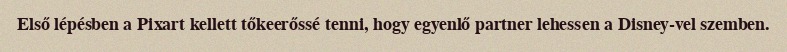
Első lépésben a Pixart kellett tőkeerőssé tenni, hogy egyenlő partner lehessen a Disney-vel szemben.